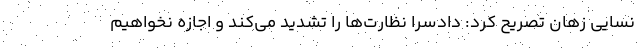
نسایی زهان تصریح کرد: دادسرا نظارت‌ها را تشدید می‌کند و اجازه نخواهیم